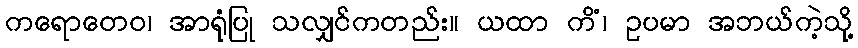
ကရောတေဝ၊ အာရုံပြု သလျှင်ကတည်း။ ယထာ ကိံ၊ ဥပမာ အဘယ်ကဲ့သို့